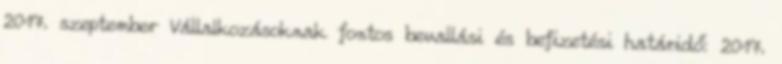
2017. szeptember Vállalkozásoknak fontos bevallási és befizetési határidő: 2017.